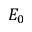
E _ { 0 }